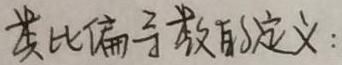
类比偏导数的定义：